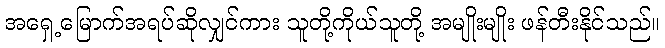
အရှေ့မြောက်အရပ်ဆိုလျှင်ကား သူတို့ကိုယ်သူတို့ အမျိုးမျိုး ဖန်တီးနိုင်သည်။